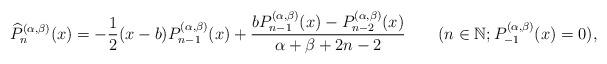
LaTeX: \begin{align*}\widehat{P}_{n}^{(\alpha,\beta)}(x)=-\frac{1}{2}(x-b)P_{n-1}^{(\alpha,\beta)}(x)+\frac{bP_{n-1}^{(\alpha,\beta)}(x)-P_{n-2}^{(\alpha,\beta)}(x)}{\alpha+\beta+2n-2}\qquad(n\in\mathbb{N};P_{-1}^{(\alpha,\beta)}(x)=0),\end{align*}